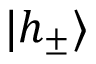
| h _ { \pm } \rangle